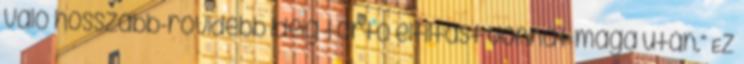
való hosszabb-rövidebb ideig tartó eltiltást vonhat maga után.” Ez